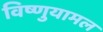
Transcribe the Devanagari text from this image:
विष्णुयामल